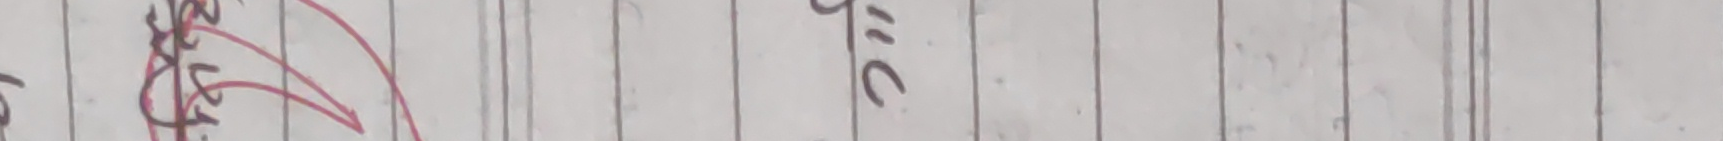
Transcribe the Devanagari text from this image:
दुई